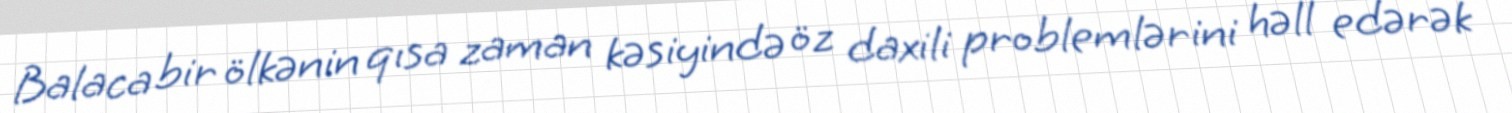
Balaca bir ölkənin qısa zaman kəsiyində öz daxili problemlərini həll edərək